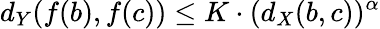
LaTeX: d_{Y}(f(b),f(c))\leq K\cdot(d_{X}(b,c))^{\alpha}